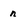
Character: n